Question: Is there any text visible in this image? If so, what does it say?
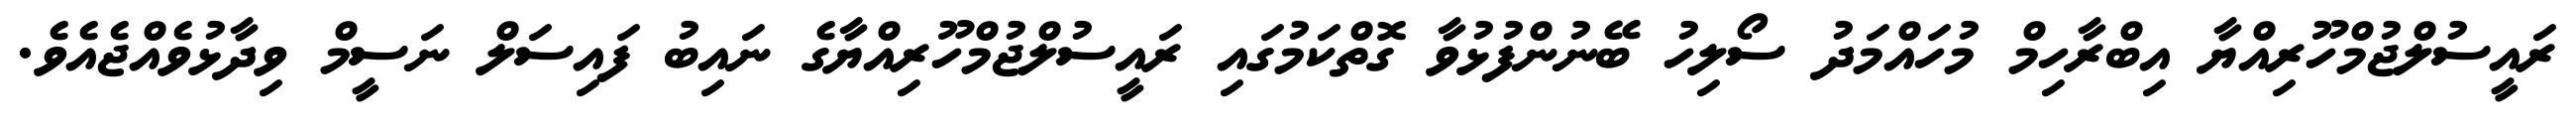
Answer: ރައީސުލްޖުމްހޫރިއްޔާ އިބްރާހިމް މުހައްމަދު ސޯލިހު ބޭނުންފުޅުވާ ގޮތްކަމުގައި ރައީސުލްޖުމްހޫރިއްޔާގެ ނައިބު ފައިސަލް ނަސީމް ވިދާޅުވެއްޖެއެވެ.